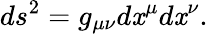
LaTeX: ds^{2}=g_{\mu\nu}d\mathit{x}^{\mu}d\mathit{x}^{\nu}.